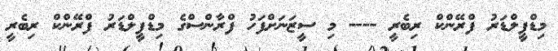
މިޑްފީލްޑަރު ފްރޭންކް ރިބެރީ ---- މި ސީޒަނަށްފަހު ފްރާންސްގެ މިޑްފީލްޑަރު ފްރޭންކް ރިބެރީ